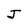
Character: J